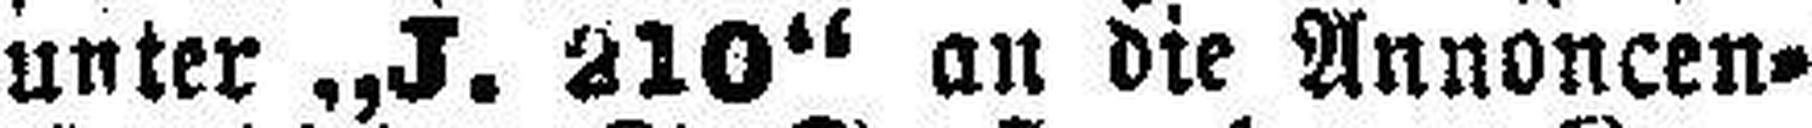
unter „J. 210“ an die Annoncen=